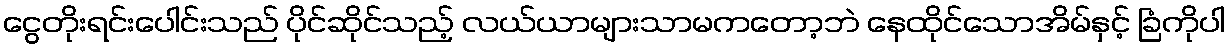
ငွေတိုးရင်းပေါင်းသည် ပိုင်ဆိုင်သည့် လယ်ယာများသာမကတော့ဘဲ နေထိုင်သောအိမ်နှင့် ခြံကိုပါ